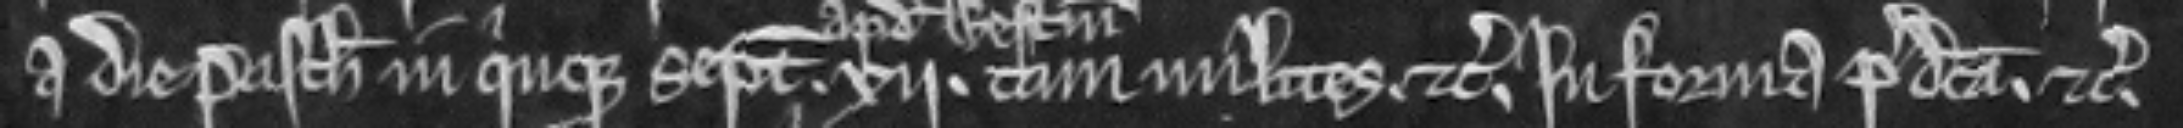
a die Pasche in quinque septimanas xii tam milites. etc. in forma predicta. etc.